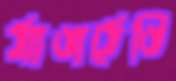
ঠ্যাঙাঠেঙি